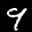
Label: 9